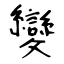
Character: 變